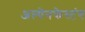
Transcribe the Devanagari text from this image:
अल्पेनफेस्टंग